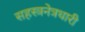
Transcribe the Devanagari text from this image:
सहस्त्रनेत्रधारी